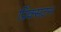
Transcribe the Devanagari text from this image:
प्रिंक्सटन